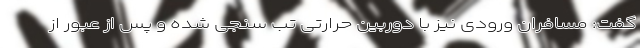
گفت: مسافران ورودی نیز با دوربین حرارتی تب سنجی شده و پس از عبور از